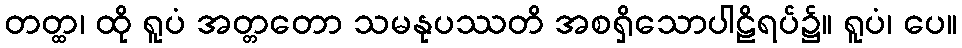
တတ္ထ၊ ထို ရူပံ အတ္တတော သမနုပဿတိ အစရှိသောပါဠိရပ်၌။ ရူပံ၊ ပေ။